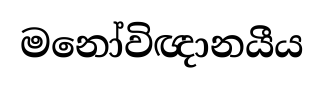
මනෝවිඥානයීය